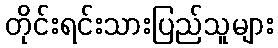
တိုင်းရင်းသားပြည်သူများ